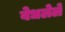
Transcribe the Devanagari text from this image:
वेधलेले